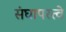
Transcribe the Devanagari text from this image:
संघापरत्वे